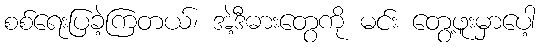
စစ်ရေးပြခဲ့ကြတယ်၊ အဲ့ဒီဓားတွေကို မင်း တွေ့ဖူးမှာပေါ့